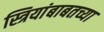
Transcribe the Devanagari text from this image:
स्त्रियांबाबतच्या